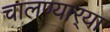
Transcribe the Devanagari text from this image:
चालण्यार्‍या